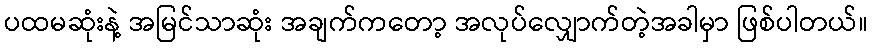
ပထမဆုံးနဲ့ အမြင်သာဆုံး အချက်ကတော့ အလုပ်လျှောက်တဲ့အခါမှာ ဖြစ်ပါတယ်။